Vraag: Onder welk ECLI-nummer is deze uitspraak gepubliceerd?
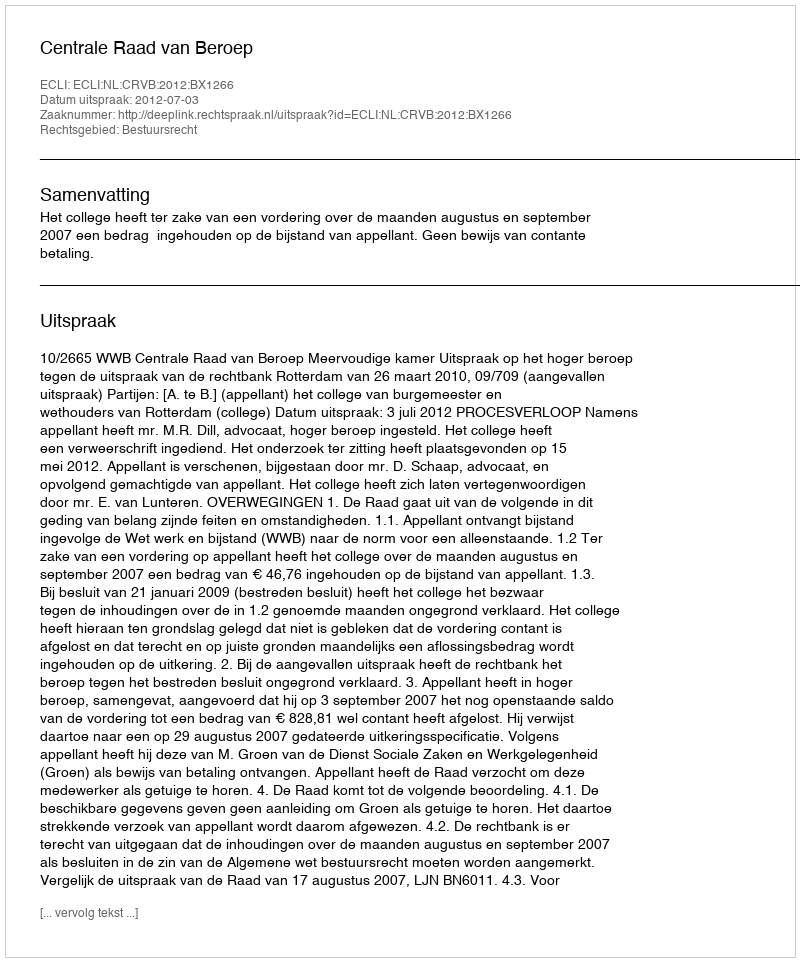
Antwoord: ECLI:NL:CRVB:2012:BX1266